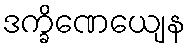
ဒက္ခိဏေယျေန